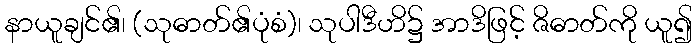
နာယူချင်၏၊ (သုဓာတ်၏ပုံစံ)၊ သုပါဒီဟိ၌ အာဒိဖြင့် ဇိဓာတ်ကို ယူ၍